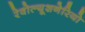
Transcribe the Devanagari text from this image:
रेवोल्यूशनेरियो